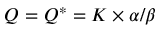
Q = Q ^ { * } = K \times \alpha \slash \beta